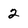
Character: 2